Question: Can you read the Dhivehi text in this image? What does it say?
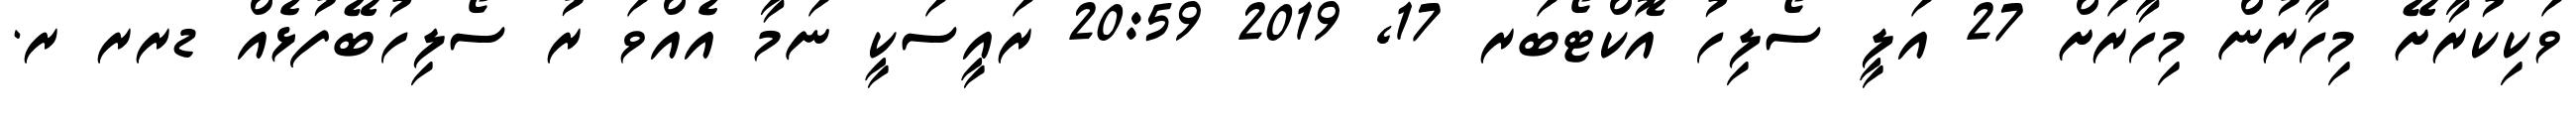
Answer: ވަކިކުރާށޭ މިހާރުން މިހާރަށް 27 އަލީ ސޯލިހު އޮކްޓޯބަރ 17, 2019 20:59 ރައީސަކީ ނަމާ އެއްވަ ރު ސޯލިހުބޭފުޅެއް ޑރރ ރ.